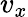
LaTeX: v_{x}